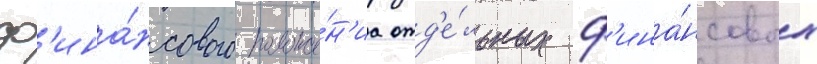
ф'ина́нсового положе́н'иа отд'е́льных ф'ина́нсовых